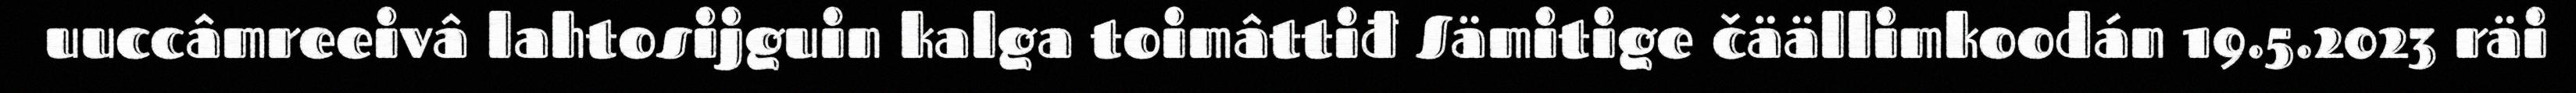
uuccâmreeivâ lahtosijguin kalga toimâttiđ Sämitige čäällimkoodán 19.5.2023 räi